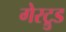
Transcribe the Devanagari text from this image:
गेरट्रुड